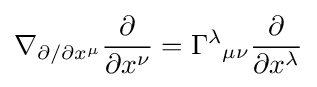
\nabla _{\partial /\partial x^{\mu }}{\frac {\partial }{\partial x^{\nu }}}=\Gamma ^{\lambda }{}_{\mu \nu }{\frac {\partial }{\partial x^{\lambda }}}